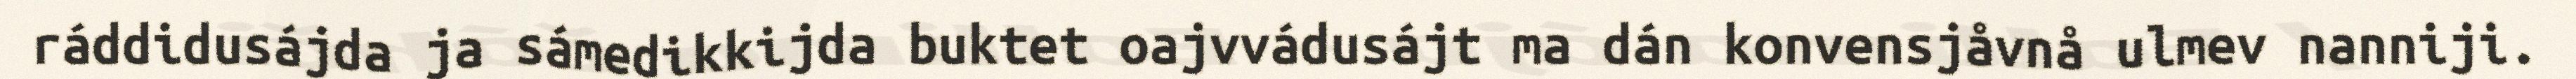
ráddidusájda ja sámedikkijda buktet oajvvádusájt ma dán konvensjåvnå ulmev nanniji.